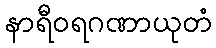
နာရီဝရဂဏာယုတံ